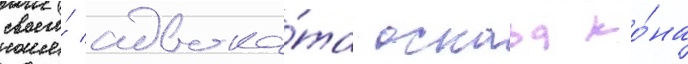
своего́ адвока́та оскара ко́на